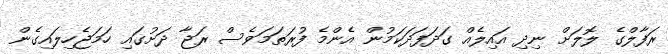
ރަފާލްގެ ލޮލަށް ނިދި އައިލެއް ގަދަފަދަކަމުން އެންމެ ފުރަތަމަވެސް ރަޖާ ދަށުގައި ހަމަޖެހިލައިގެން